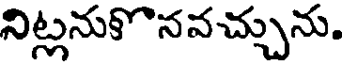
నిట్లనుకొనవచ్చును.